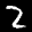
Label: 2